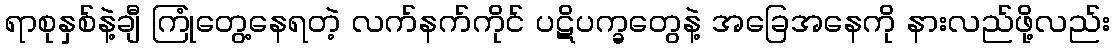
ရာစုနှစ်နဲ့ချီ ကြုံတွေ့နေရတဲ့ လက်နက်ကိုင် ပဋိပက္ခတွေနဲ့ အခြေအနေကို နားလည်ဖို့လည်း